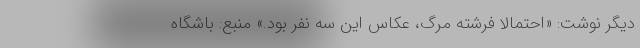
دیگر نوشت: «احتمالا فرشته مرگ، عکاس این سه نفر بود.» منبع: باشگاه